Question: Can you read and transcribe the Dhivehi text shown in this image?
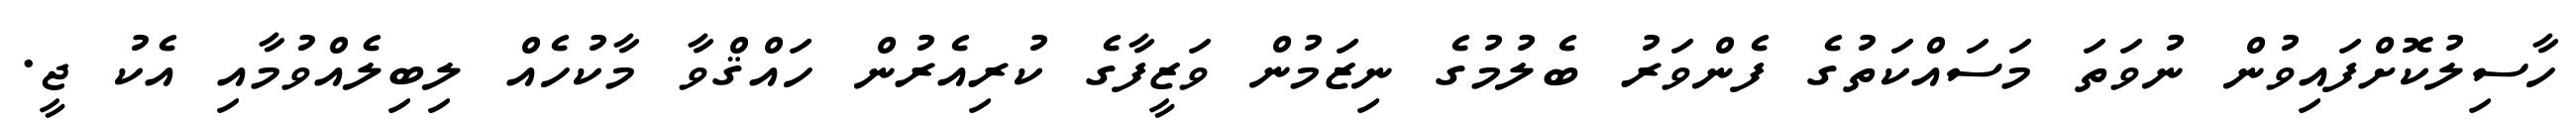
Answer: ހާސިލުކޮށްފައިވުން ނުވަތަ މަސައްކަތުގެ ފެންވަރު ބެލުމުގެ ނިޒަމުން ވަޒީފާގެ ކުރިއެރުން ހައްޤްވާ މާކުހެއް ލިބިލެއްވުމާއި އެކު ޖީ.